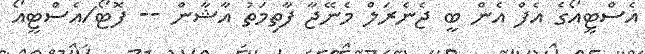
އެސްޓީއޯގެ އެފް އެން ބީ ޖެނެރަލް މެނޭޖާ ފާތިމަތު އާޝާން -- ފޮޓޯ/އެސްޓީއޯ